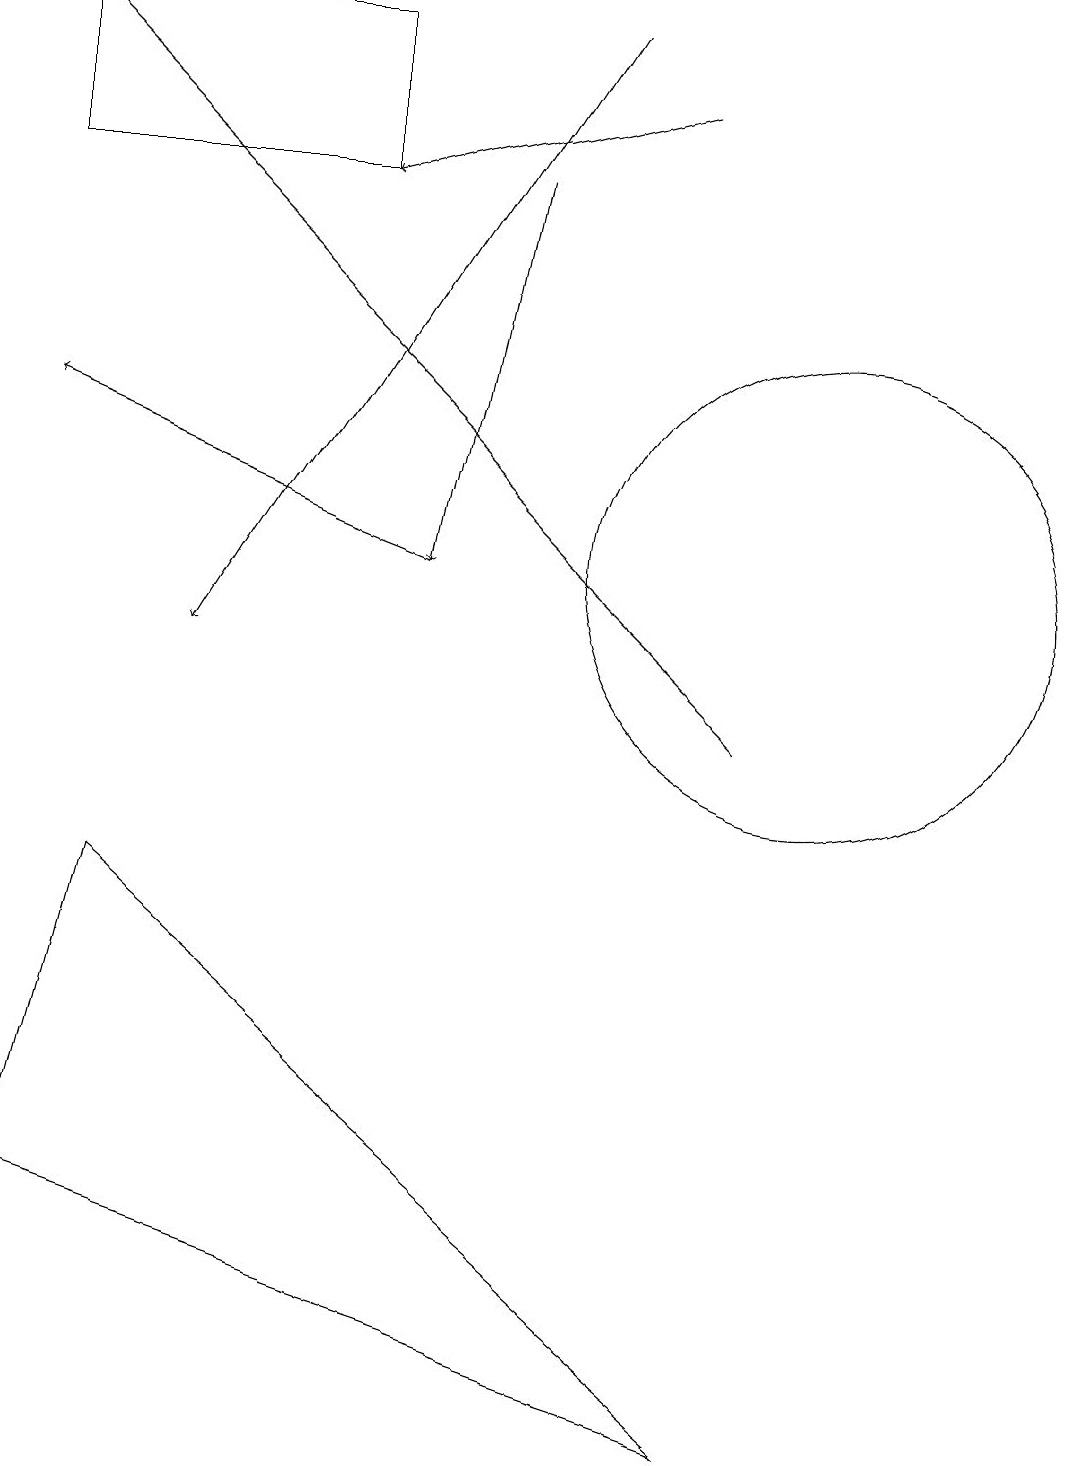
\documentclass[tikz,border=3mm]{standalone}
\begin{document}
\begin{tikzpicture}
\draw[->] (9,10) -- (0,19);
\draw[->] (8,18) -- (4,17);
\draw[->] (6,17) -- (5,12);
\draw (10,12) circle (3);
\draw (1,8) -- (9,1) -- (0,4) -- cycle;
\draw[->] (5,12) -- (0,14);
\draw[->] (7,19) -- (2,11);
\draw (4,17) rectangle (0,19);
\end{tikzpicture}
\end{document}